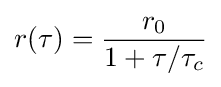
r(\tau )={\frac {r_{0}}{1+\tau /\tau _{c}}}